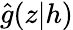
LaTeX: \hat{g}(z|h)